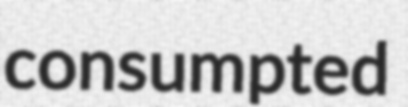
consumpted